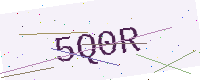
Text: 5Q0R